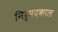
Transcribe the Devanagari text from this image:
निर्मदकाल